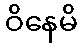
ဝိနေမိ